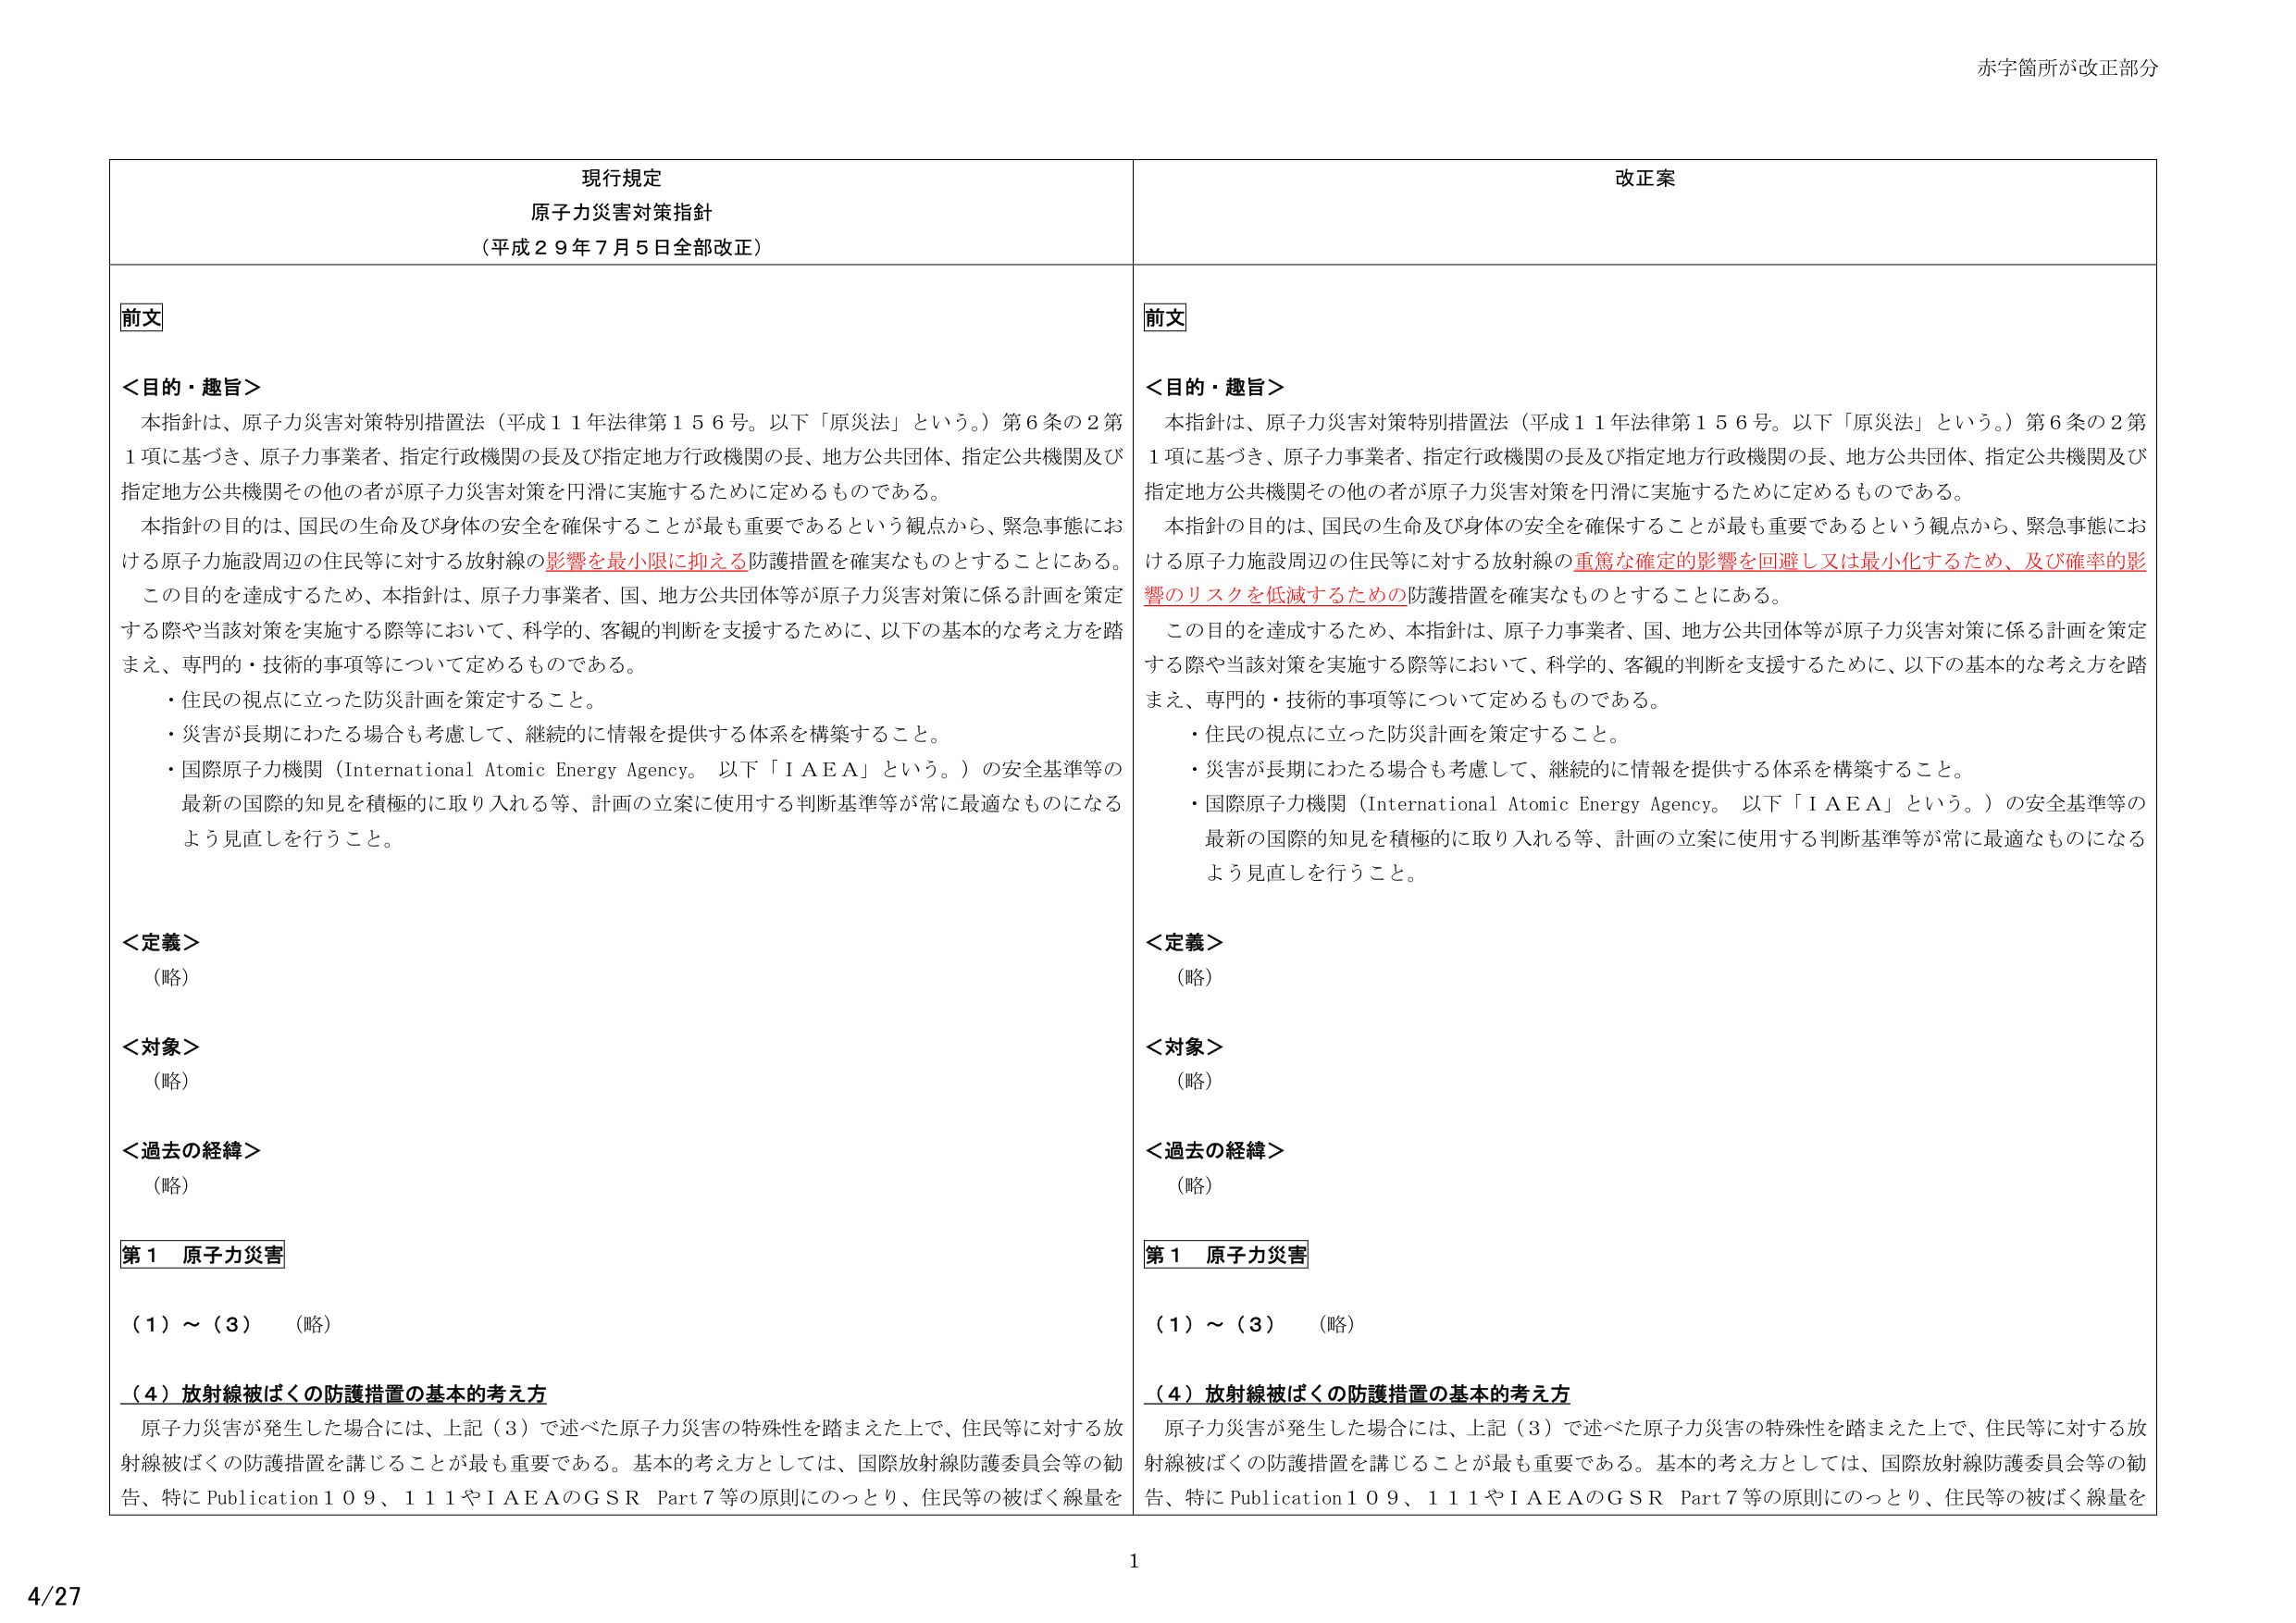
赤字箇所が改正部分

現行規定
原子力災害対策指針
（平成２９年７月５日全部改正）

前文

＜目的・趣旨＞
本指針は、原子力災害対策特別措置法（平成１１年法律第１５６号。以下「原災法」という。）第６条の２第１項に基づき、原子力事業者、指定行政機関の長及び指定地方行政機関の長、地方公共団体、指定公共機関及び指定地方公共機関その他の者が原子力災害対策を円滑に実施するために定めるものである。
本指針の目的は、国民の生命及び身体の安全を確保することが最も重要であるという観点から、緊急事態における原子力施設周辺の住民等に対する放射線の影響を最小限に抑える防護措置を確実なものとすることにある。
この目的を達成するため、本指針は、原子力事業者、国、地方公共団体等が原子力災害対策に係る計画を策定する際や当該対策を実施する際等において、科学的、客観的判断を支援するために、以下の基本的な考え方を踏まえ、専門的・技術的事項等について定めるものである。
・住民の視点に立った防災計画を策定すること。
・災害が長期にわたる場合も考慮して、継続的に情報を提供する体系を構築すること。
・国際原子力機関（International Atomic Energy Agency。以下「ＩＡＥＡ」という。）の安全基準等の最新の国際的知見を積極的に取り入れる等、計画の立案に使用する判断基準等が常に最適なものになるよう見直しを行うこと。

＜定義＞
（略）

＜対象＞
（略）

＜過去の経緯＞
（略）

第１ 原子力災害
（１）～（３） （略）
（４）放射線被ばくの防護措置の基本的考え方
原子力災害が発生した場合には、上記（３）で述べた原子力災害の特殊性を踏まえた上で、住民等に対する放射線被ばくの防護措置を講じることが最も重要である。基本的考え方としては、国際放射線防護委員会等の勧告、特に Publication１０９、１１１やＩＡＥＡのＧＳＲ Part７等の原則にのっとり、住民等の被ばく線量を

改正案

前文

＜目的・趣旨＞
本指針は、原子力災害対策特別措置法（平成１１年法律第１５６号。以下「原災法」という。）第６条の２第１項に基づき、原子力事業者、指定行政機関の長及び指定地方行政機関の長、地方公共団体、指定公共機関及び指定地方公共機関その他の者が原子力災害対策を円滑に実施するために定めるものである。
本指針の目的は、国民の生命及び身体の安全を確保することが最も重要であるという観点から、緊急事態における原子力施設周辺の住民等に対する放射線の重篤な確定的影響を回避し又は最小化するため、及び確率的影響のリスクを低減するための防護措置を確実なものとすることにある。
この目的を達成するため、本指針は、原子力事業者、国、地方公共団体等が原子力災害対策に係る計画を策定する際や当該対策を実施する際等において、科学的、客観的判断を支援するために、以下の基本的な考え方を踏まえ、専門的・技術的事項等について定めるものである。
・住民の視点に立った防災計画を策定すること。
・災害が長期にわたる場合も考慮して、継続的に情報を提供する体系を構築すること。
・国際原子力機関（International Atomic Energy Agency。以下「ＩＡＥＡ」という。）の安全基準等の最新の国際的知見を積極的に取り入れる等、計画の立案に使用する判断基準等が常に最適なものになるよう見直しを行うこと。

＜定義＞
（略）

＜対象＞
（略）

＜過去の経緯＞
（略）

第１ 原子力災害
（１）～（３） （略）
（４）放射線被ばくの防護措置の基本的考え方
原子力災害が発生した場合には、上記（３）で述べた原子力災害の特殊性を踏まえた上で、住民等に対する放射線被ばくの防護措置を講じることが最も重要である。基本的考え方としては、国際放射線防護委員会等の勧告、特に Publication１０９、１１１やＩＡＥＡのＧＳＲ Part７等の原則にのっとり、住民等の被ばく線量を

1
4/27